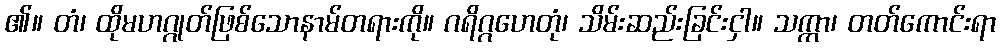
၏။ တံ၊ ထိုမဟဂ္ဂုတ်ဖြစ်သောနာမ်တရားကို။ ဂရိဂ္ဂဟေတုံ၊ သိမ်းဆည်းခြင်းငှါ။ သက္ကာ၊ တတ်ကောင်းရာ